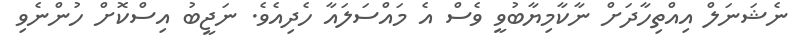
ނެޝަނަލް އިއްތިހާދަށް ނާކާމިޔާބުވީ ވެސް އެ މައްސަލަައާ ހެދިއެވެ. ނަޖީބު އިސްކޮށް ހުންނެވި